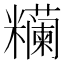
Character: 𰫖